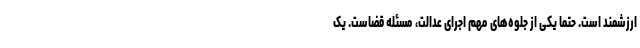
ارزشمند است. حتما یکی از جلوه‌های مهم اجرای عدالت، مسئله قضاست. یک